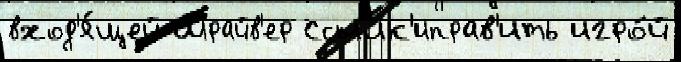
вход'я́щей Шрайв'ер Ссылк'иправ'ить игро́й